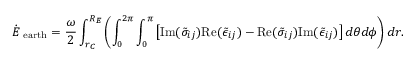
\dot { E } _ { \mathrm { \scriptsize ~ e a r t h } } = \frac { \omega } { 2 } \int _ { r _ { C } } ^ { R _ { E } } \left( \int _ { 0 } ^ { 2 \pi } \int _ { 0 } ^ { \pi } \left[ \mathrm { I m } ( \tilde { \sigma } _ { i j } ) \mathrm { R e } ( \tilde { \epsilon } _ { i j } ) - \mathrm { R e } ( \tilde { \sigma } _ { i j } ) \mathrm { I m } ( \tilde { \epsilon } _ { i j } ) \right] d \theta d \phi \right) d r .